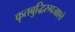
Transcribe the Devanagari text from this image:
कृतबुद्धिरुपजाएते